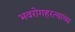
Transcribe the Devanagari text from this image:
भवरोगहरत्याच्च